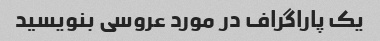
یک پاراگراف در مورد عروسی بنویسید